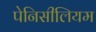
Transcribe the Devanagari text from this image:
पेनिसीलियम